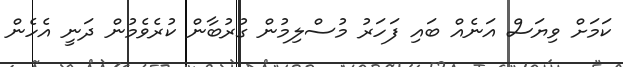
ކަމަށް ވިޔަސް އަނެއް ބައި ފަހަރު މުސްލިމުން ގުރުބާން ކުރެވެމުން ދަނީ އެހެން